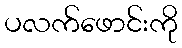
ပလက်ဖောင်းကို